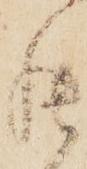
罷